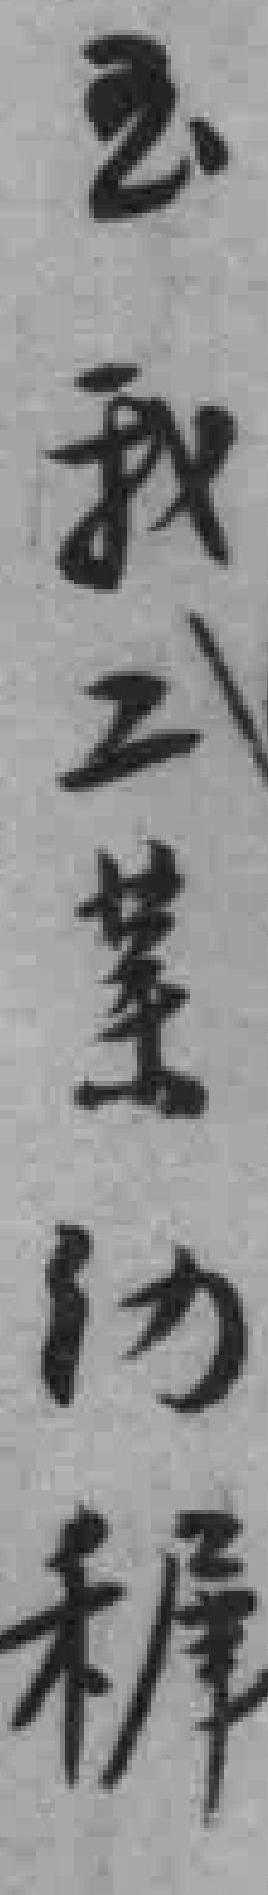
*我工業幼穉